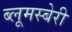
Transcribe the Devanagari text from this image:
ब्लूमस्बेरी